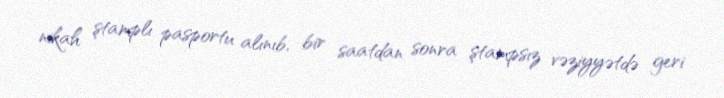
nikah ştamplı pasportu alınıb, bir saatdan sonra ştampsız vəziyyətdə geri